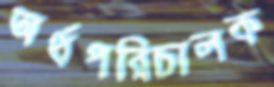
অর্থপরিচালক